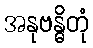
အနုဗန္ဓိတုံ